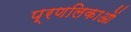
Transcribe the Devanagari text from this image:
प्रणलिकाओं